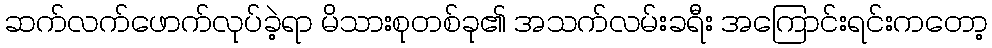
ဆက်လက်ဖောက်လုပ်ခဲ့ရာ မိသားစုတစ်ခု၏ အသက်လမ်းခရီး အကြောင်းရင်းကတော့